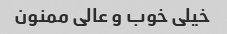
خیلی خوب و عالی ممنون